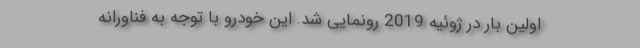
اولین بار در ژوئیه 2019 رونمایی شد. این خودرو با توجه به فناورانه